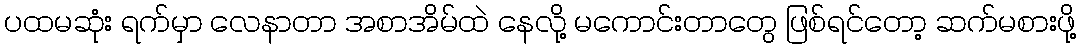
ပထမဆုံး ရက်မှာ လေနာတာ အစာအိမ်ထဲ နေလို့ မကောင်းတာတွေ ဖြစ်ရင်တော့ ဆက်မစားဖို့